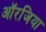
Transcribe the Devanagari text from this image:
ऑरजिया